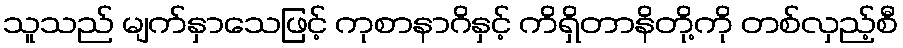
သူသည် မျက်နှာသေဖြင့် ကုစာနာဂိနှင့် ကိရှိတာနိတို့ကို တစ်လှည့်စီ